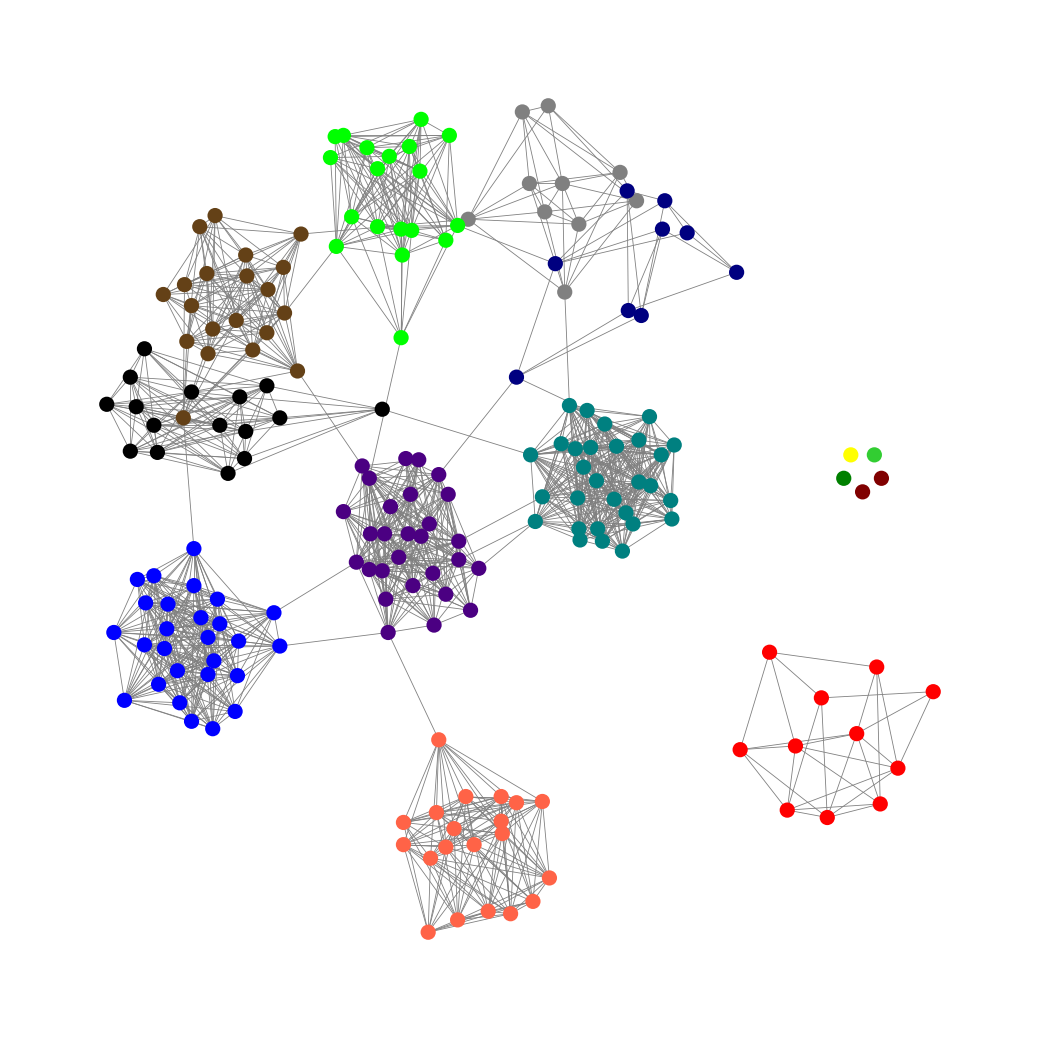
Graph connected: No
Number of connected components: 7
Number of singletons: 5
Total number of nodes: 194
Total number of edges: 1365
Number of communities: 14
Community sizes:
Black: 16
Blue: 27
Gray: 10
Green: 1
Indigo: 28
Lime: 19
Lime Green: 1
Maroon: 2
Navy: 9
Pullman Brown: 20
Red: 11
Teal: 29
Tomato: 20
Yellow: 1
Graph layout: tda
Graph generation method: erdos_renyi